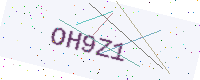
Text: OH9Z1